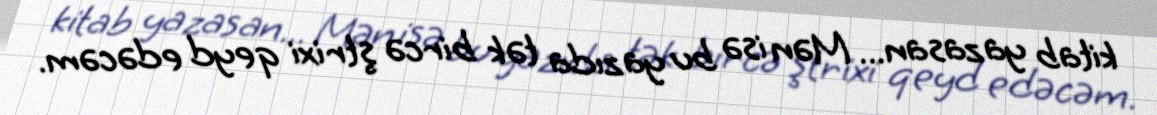
kitab yazasan... Mən isə bu yazıda tək bircə ştrixi qeyd edəcəm.